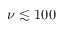
\nu \lesssim 1 0 0